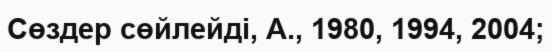
Сөздер сөйлейді, А., 1980, 1994, 2004;